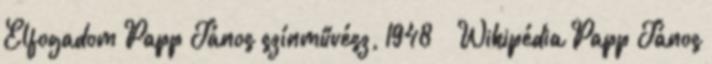
Elfogadom Papp János színművész, 1948 – Wikipédia Papp János